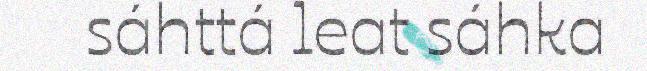
sáhttá leat sáhka